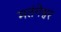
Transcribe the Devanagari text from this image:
मतंगेश्वर